Annual report of the Imperial Bacteriological Laboratory, Muktesar
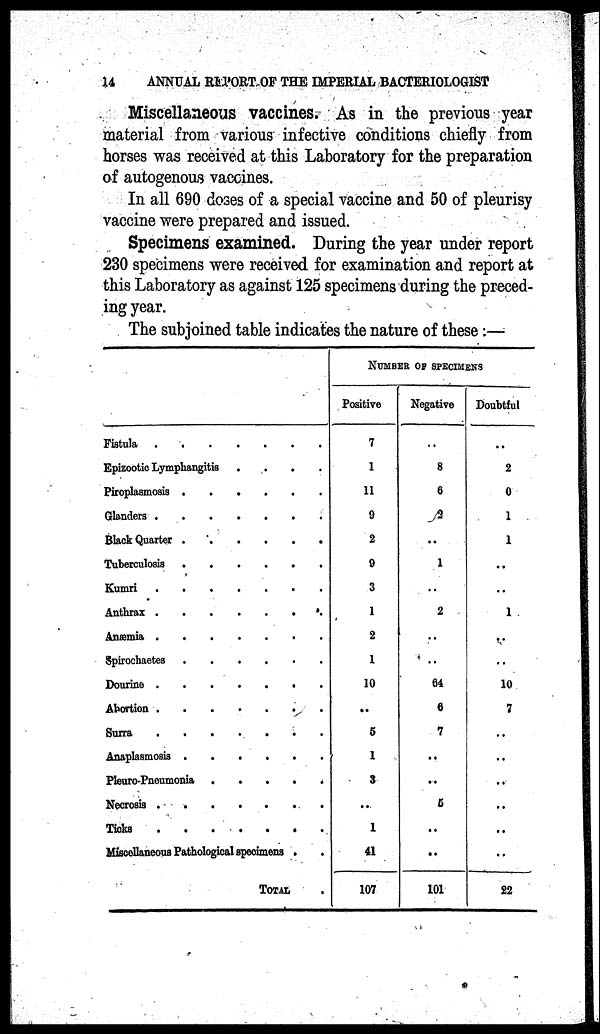
14
ANNUAL REPORT OF THE IMPERIAL BACTERIOLOGIST
Miscellaneous vaccines. As in the previous year
material from various infective conditions chiefly from
horses was received at this Laboratory for the preparation
of autogenous vaccines.
In all 690 doses of a special vaccine and 50 of pleurisy
vaccine were prepared and issued.
Specimens examined. During the year under report
230 specimens were received for examination and report at
this Laboratory as against 125 specimens during the preced-
ing year.
The subjoined table indicates the nature of these:—
Fistula
.
.
Epizootic Lymphangitis
Piroplasmosis
Glanders
Black Quarter
Tuberculosis
Kumri
Anthrax
Anæmia
Spirochaetes
Dourine
Abortion
Surra
Anaplasmosis
.
.
.
.
.
.
.
.
.
.....
.
Pleuro-Pneumonia
Necrosis
Ticks
.
.
.
.
.
.
.
.
.
.
.
.
.
.
.
.
.
.
.
.
.
.
.
.
.
.
.
.
.
.
.
.
.
.
.
.
.
.
.
Miscellaneous Pathological specimens
TOTAL
.
.
.
.
.
..
.
.
.
.
.
.
.
.
.
,
.
.
.
.
.
.
.
.
.
.
.
.
.
NUMBER OF SPECIMENS
Positive
7
1
11
9
2
9
3
1
2
1
10
..
5
1
3
..
1
41
107
Negative
..
8
6
2
..
1
..
2
.
..
64
6
7
..
..
5
..
..
101
Doubtful
..
2
0
1
1
..
..
1
..
..
10
7
..
..
..
..
..
..
22